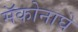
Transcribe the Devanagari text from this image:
मॅकोनाघे